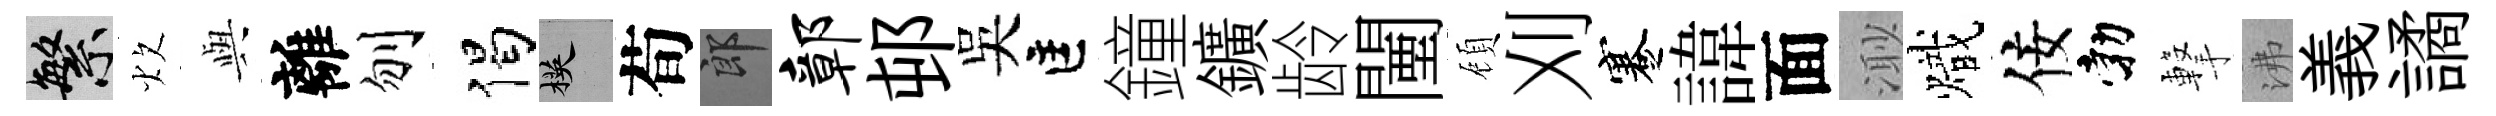
繁炊𫤰離刎偈楧荀郎鄣邨吴匡鐘鑛龄闉頋刈蹇諱面𣺌熾佞勃撃沸義譎